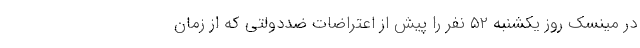
در مینسک روز یکشنبه ۵۲ نفر را پیش از اعتراضات ضددولتی که از زمان